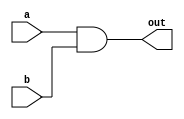
module top_module( 
    input a, 
    input b, 
    output out );
    
    assign out = a & b;
    // second way
    // and(out,a,b);
endmodule